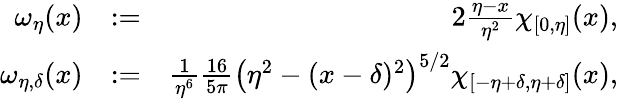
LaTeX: \begin{array}{rlr}{\omega_{\eta}(x)}&{:=}&{2\frac{\eta-x}{\eta^{2}}\chi_{[0,\eta]}(x),}\\ {\omega_{\eta,\delta}(x)}&{:=}&{\frac{1}{\eta^{6}}\frac{16}{5\pi}\left(\eta^{2}-(x-\delta)^{2}\right)^{5/2}\chi_{[-\eta+\delta,\eta+\delta]}(x),}\end{array}